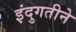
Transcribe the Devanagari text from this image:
इंदुगतीने